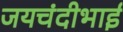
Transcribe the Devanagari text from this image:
जयचंदीभाई